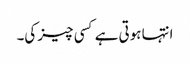
انتہا ہوتی ہے کسی چیز کی۔